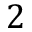
2